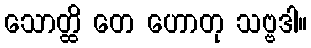
သောတ္ထိ တေ ဟောတု သဗ္ဗဒါ။